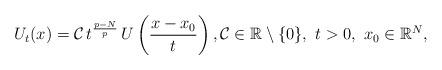
LaTeX: \begin{align*}U_{t}(x)={\mathcal C}\,t^\frac{p-N}{p}\,U\left(\frac{x-x_0}{t}\right),{\mathcal C}\in\mathbb{R}\setminus\{0\},\ t>0,\ x_0\in\mathbb{R}^N,\end{align*}